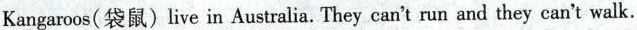
Kangaroos(袋鼠)live in Australia.They can't run and they can't walk.